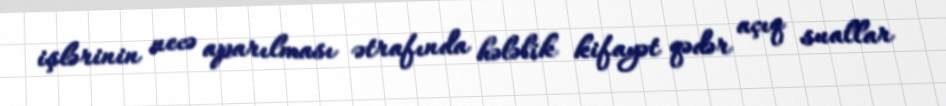
işlərinin necə aparılması ətrafında hələlik kifayət qədər açıq suallar